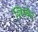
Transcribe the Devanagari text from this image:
शिष्येनं